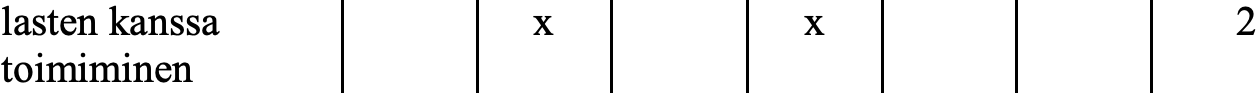
lasten kanssa     x        x             2 toimiminen